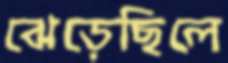
ঝেড়েছিলে